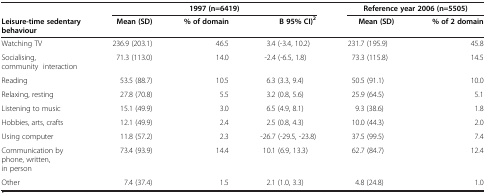
<table><thead><tr><td><b> </b></td><td colspan="3"><b>1997 (n=6419)</b></td><td colspan="2"><b>Reference year 2006 (n=5505)</b></td></tr><tr><td><b>Leisure-time sedentary behaviour</b></td><td><b>Mean (SD)</b></td><td><b>% of domain</b></td><td><b>B 95% CI)<sup>2</sup></b></td><td><b>Mean (SD)</b></td><td><b>% of 2 domain</b></td></tr></thead><tbody><tr><td>Watching TV</td><td>236.9 (203.1)</td><td>46.5</td><td>3.4 (-3.4, 10.2)</td><td>231.7 (195.9)</td><td>45.8</td></tr><tr><td>Socialising, community interaction</td><td>71.3 (113.0)</td><td>14.0</td><td>-2.4 (-6.5, 1.8)</td><td>73.3 (115.8)</td><td>14.5</td></tr><tr><td>Reading</td><td>53.5 (88.7)</td><td>10.5</td><td>6.3 (3.3, 9.4)</td><td>50.5 (91.1)</td><td>10.0</td></tr><tr><td>Relaxing, resting</td><td>27.8 (70.8)</td><td>5.5</td><td>3.2 (0.8, 5.6)</td><td>25.9 (64.5)</td><td>5.1</td></tr><tr><td>Listening to music</td><td>15.1 (49.9)</td><td>3.0</td><td>6.5 (4.9, 8.1)</td><td>9.3 (38.6)</td><td>1.8</td></tr><tr><td>Hobbies, arts, crafts</td><td>12.1 (49.9)</td><td>2.4</td><td>2.5 (0.8, 4.3)</td><td>10.0 (44.3)</td><td>2.0</td></tr><tr><td>Using computer</td><td>11.8 (57.2)</td><td>2.3</td><td>-26.7 (-29.5, -23.8)</td><td>37.5 (99.5)</td><td>7.4</td></tr><tr><td>Communication by phone, written, in person</td><td>73.4 (93.9)</td><td>14.4</td><td>10.1 (6.9, 13.3)</td><td>62.7 (84.7)</td><td>12.4</td></tr><tr><td>Other</td><td>7.4 (37.4)</td><td>1.5</td><td>2.1 (1.0, 3.3)</td><td>4.8 (24.8)</td><td>1.0</td></tr></tbody></table>